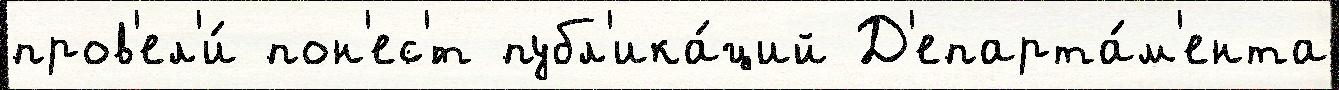
пров'ел'и́ пон'ес'́т публ'ика́ций Д'епарта́м'ента